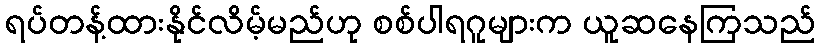
ရပ်တန့်ထားနိုင်လိမ့်မည်ဟု စစ်ပါရဂူများက ယူဆနေကြသည်